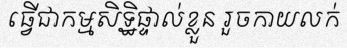
ធ្វើជាកម្មសិទ្ឋិផ្ទាល់ខ្លួន រួចកាយលក់